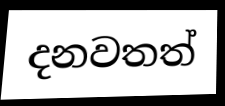
දනවතත්